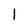
Character: 1